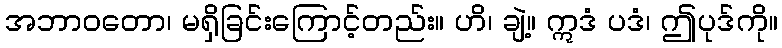
အဘာဝတော၊ မရှိခြင်းကြောင့်တည်း။ ဟိ၊ ချဲ့။ ဣဒံ ပဒံ၊ ဤပုဒ်ကို။